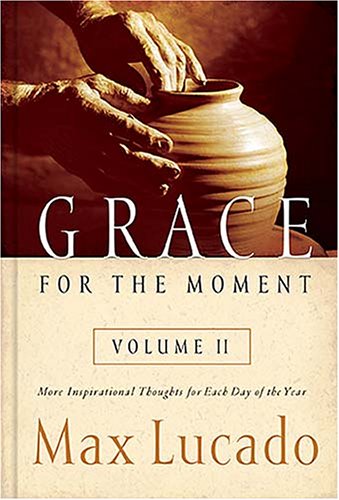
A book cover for Grace for the Moment, Vol. 2: More Inspirational Thoughts for Each Day of the Year; Max Lucado; Religion & Spirituality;